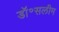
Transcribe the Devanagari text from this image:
डॉ॰सलीम